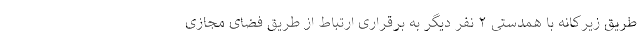
طریق زیرکانه با همدستی ۲ نفر دیگر به برقراری ارتباط از طریق فضای مجازی